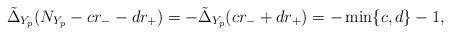
LaTeX: \begin{align*}\tilde{\Delta}_{Y_p}(N_{Y_p}- cr_--dr_+)=-\tilde{\Delta}_{Y_p}(cr_- + dr_+) = -\min \{ c,d\} -1,\end{align*}